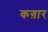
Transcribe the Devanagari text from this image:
कग़ार